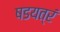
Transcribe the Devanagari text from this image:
षडयत्रं